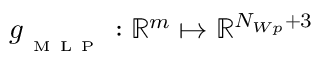
g _ { _ \mathrm { ~ M ~ L ~ P ~ } } : \mathbb { R } ^ { m } \mapsto \mathbb { R } ^ { N _ { W p } + 3 }